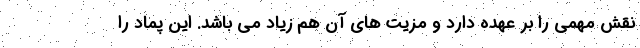
نقش مهمی را بر عهده دارد و مزیت های آن هم زیاد می باشد. این پماد را